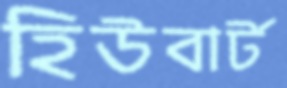
হিউবার্ট